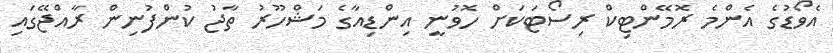
އެވޯޑުގެ އެންމެ ރޮމޭންޓިކް ރިސޯޓަކަށް ހޮވުނީ އިންޑިއާގެ މަޝްހޫރު ތާޖު ކުންފުނިން ރާއްޖޭގައި